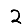
Digit: 2